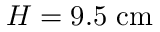
H = 9 . 5 ~ \mathrm { c m }